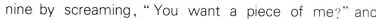
nine by screaming,"You want a piece of me?" and